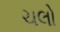
ચલો